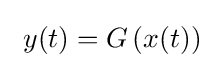
\ y(t)=G\left(x(t)\right)